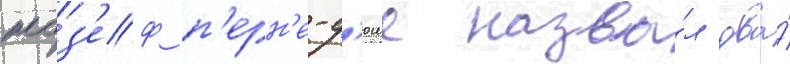
жоз'еф п'ерн'е-д'юше назва́л два́